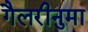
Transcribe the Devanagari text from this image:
गैलरीनुमा